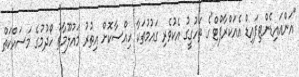
"އަންއައިޑެންޓިފައިޑް އެއަކްރާފްޓް"ގެ ތަހުގީގު އެކުވެރި ގައުމުތަކާ ހިއްސާކޮށް އިތުރު މައުލޫމާތު ހޯދުމުގެ މަސައްކަތް